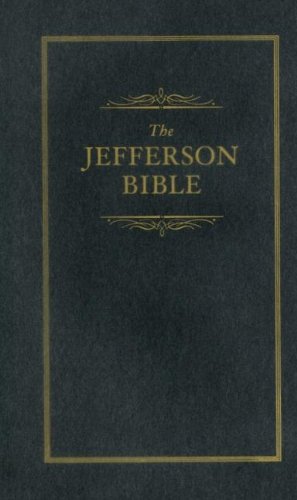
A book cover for Jefferson Bible: The Life and Morals of Jesus of Nazareth (Little Books of Wisdom); Thomas Jefferson; Biographies & Memoirs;